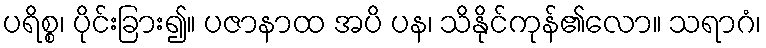
ပရိစ္စ၊ ပိုင်းခြား၍။ ပဇာနာထ အပိ ပန၊ သိနိုင်ကုန်၏လော။ သရာဂံ၊